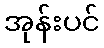
အုန်းပင်